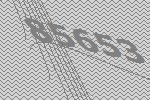
85653